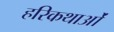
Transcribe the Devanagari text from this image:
हरिकथाओं